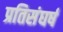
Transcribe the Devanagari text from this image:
प्रतिसंघर्ष